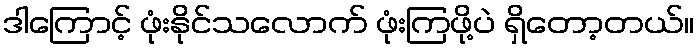
ဒါကြောင့် ဖုံးနိုင်သလောက် ဖုံးကြဖို့ပဲ ရှိတော့တယ်။